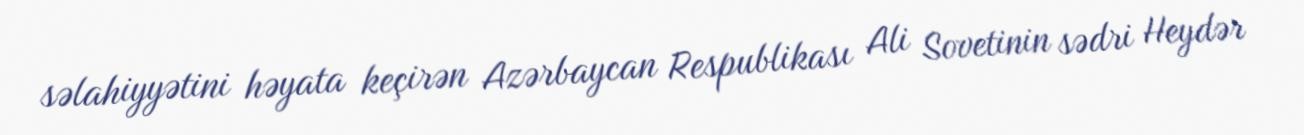
səlahiyyətini həyata keçirən Azərbaycan Respublikası Ali Sovetinin sədri Heydər